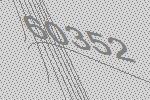
60352